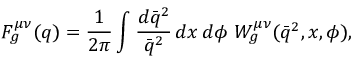
F _ { g } ^ { \mu \nu } ( q ) = { \frac { 1 } { 2 \pi } } \int { \frac { d \bar { q } ^ { 2 } } { \bar { q } ^ { 2 } } } \, d x \, d \phi \ { \cal W } _ { g } ^ { \mu \nu } ( \bar { q } ^ { 2 } , x , \phi ) ,